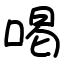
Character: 喝